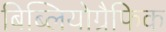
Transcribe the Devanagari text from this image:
बिब्लियोग्रैफिक